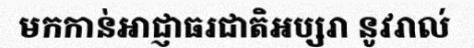
មកកាន់អាជ្ញាធរជាតិអប្សរា នូវរាល់